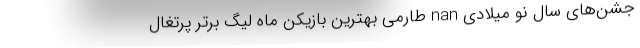
جشن‌های سال نو میلادی nan طارمی بهترین بازیکن ماه لیگ برتر پرتغال